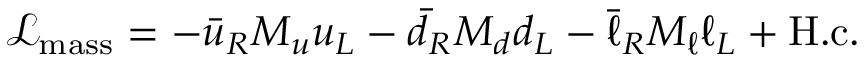
\mathcal { L } _ { \mathrm { m a s s } } = - \bar { u } _ { R } M _ { u } u _ { L } - \bar { d } _ { R } M _ { d } d _ { L } - \bar { \ell } _ { R } M _ { \ell } \ell _ { L } + \mathrm { H . c . }